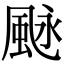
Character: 𩖻